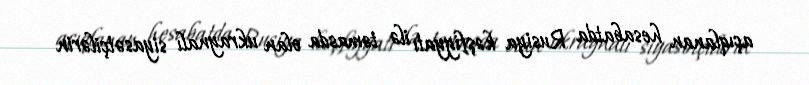
açıqlanan hesabatda Rusiya kəşfiyyatı ilə təmasda olan ukraynalı siyasətçilərin